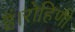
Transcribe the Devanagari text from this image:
हैं।रोहिणी